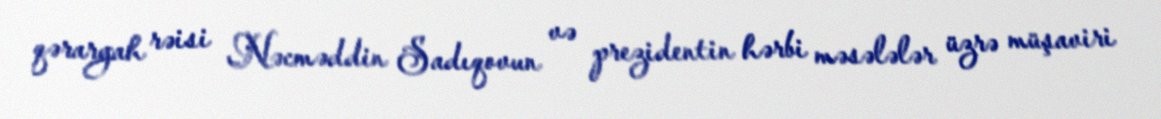
qərargah rəisi Nəcməddin Sadıqovun və prezidentin hərbi məsələlər üzrə müşaviri